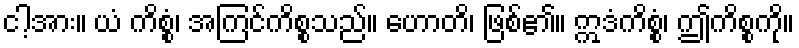
ငါ့အား။ ယံ ကိစ္စံ၊ အကြင်ကိစ္စသည်။ ဟောတိ၊ ဖြစ်၏။ ဣဒံကိစ္စံ၊ ဤကိစ္စကို။